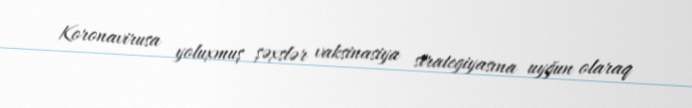
Koronavirusa yoluxmuş şəxslər vaksinasiya strategiyasına uyğun olaraq